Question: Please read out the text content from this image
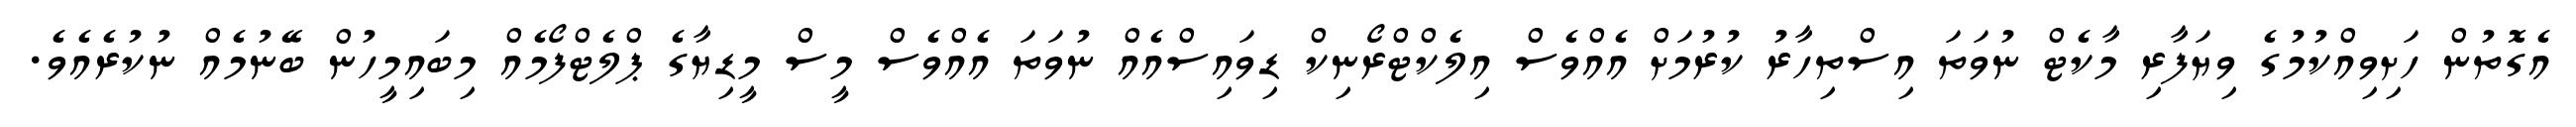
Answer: އެގޮތުން ހަށިވިއްކުމުގެ ވިޔަފާރި މާކެޓް ނުވަތަ އިސްތިހާރު ކުރުމަށް އެއްވެސް އިލެކްޓްރޯނިކް ޑިވައިސްއެއް ނުވަތަ އެއްވެސް މީސް މީޑިޔާގެ ޕްލެޓްފޯމެއް މިބައިމީހުން ބޭނުމެއް ނުކުރެއެވެ.